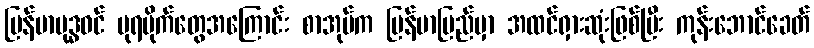
မြန်မာဗုဒ္ဓဝင် ပုရပိုက်တွေအကြောင်း စာအုပ်က မြန်မာပြည်မှာ အထင်ရှားဆုံးဖြစ်ပြီး ကုန်းဘောင်ခေတ်